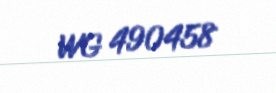
WG 490458